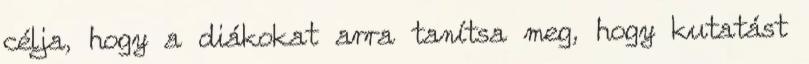
célja, hogy a diákokat arra tanítsa meg, hogy kutatást